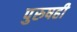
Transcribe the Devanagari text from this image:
पुरुषही